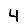
Digit: 4